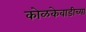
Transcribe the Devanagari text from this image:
कोळकेवाडीच्या